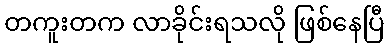
တကူးတက လာခိုင်းရသလို ဖြစ်နေပြီ